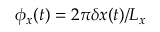
\phi _ { x } ( t ) = 2 \pi \delta x ( t ) / { L _ { x } }